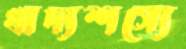
খাদ্যশস্যে